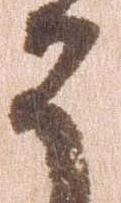
ひ